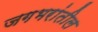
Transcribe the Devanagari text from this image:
जगभरांतील